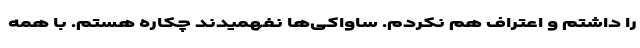
را داشتم و اعتراف هم نکردم. ساواکی‌ها نفهمیدند چکاره هستم. با همه